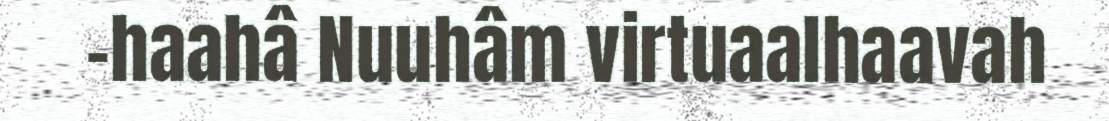
-haahâ Nuuhâm virtuaalhaavah